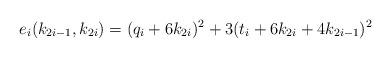
LaTeX: \begin{align*}e_i(k_{2i-1},k_{2i})=(q_i+6k_{2i})^2+3(t_i+6k_{2i}+4k_{2i-1})^2\end{align*}